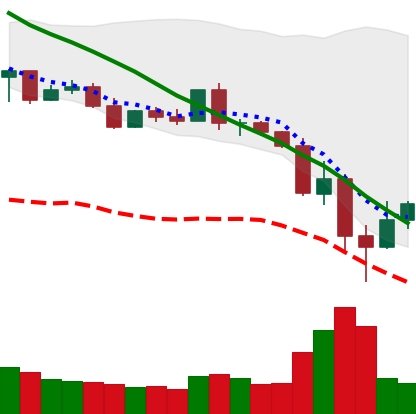
Ticker: XLM-USD
Chart end date: 2022-05-14
Forward return: -5.701%
Label: down_5_7